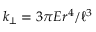
k _ { \perp } = 3 \pi E r ^ { 4 } / \ell ^ { 3 }